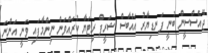
ޖޭއެސްސީން ބުނީ ފަނޑިޔާރު އައްބާސް ޝަރީފް ރިޓަޔާ ކުރައްވަން ނިންމާފައި ވަނީ އަންނަ